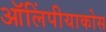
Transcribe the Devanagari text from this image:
ऑलिंपीयाकोस